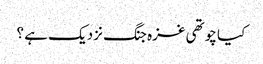
کیا چوتھی غزہ جنگ نزدیک ہے ؟